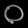
Digit: ၀